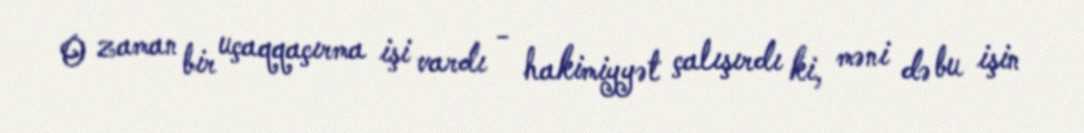
O zaman bir uçaqqaçırma işi vardı - hakimiyyət çalışırdı ki, məni də bu işin